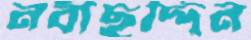
নবীছদ্দিন